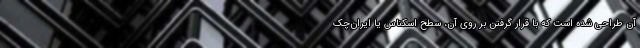
آن طراحی شده است که با قرار گرفتن بر روی آن، سطح اسکناس یا ایران‌چک